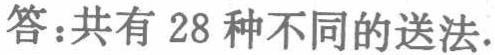
答：共有 28 种不同的送法.